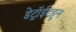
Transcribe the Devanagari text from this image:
डेट्रॉईटहून